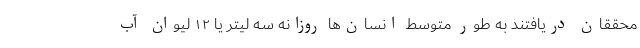
محققان دریافتند به طور متوسط انسان‌ها روزانه سه لیتر یا ۱۲ لیوان آب